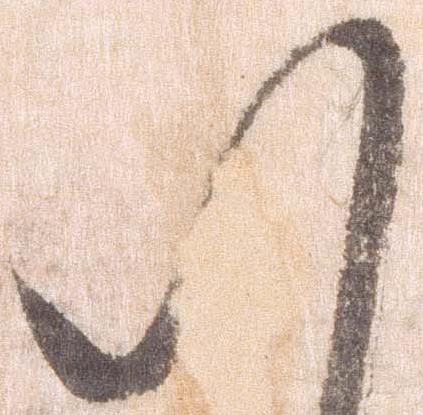
八